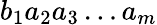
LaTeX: b_{1}a_{2}a_{3}\dots a_{m}